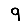
Digit: 9